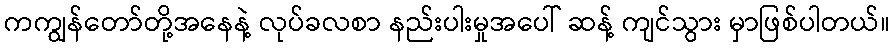
ကကျွန်တော်တို့အနေနဲ့ လုပ်ခလစာ နည်းပါးမှုအပေါ် ဆန့် ကျင်သွား မှာဖြစ်ပါတယ်။